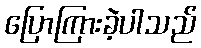
ပြောကြားခဲ့ပါသည်